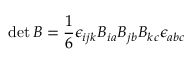
\operatorname* { d e t } B = \frac { 1 } { 6 } \epsilon _ { i j k } B _ { i a } B _ { j b } B _ { k c } \epsilon _ { a b c }